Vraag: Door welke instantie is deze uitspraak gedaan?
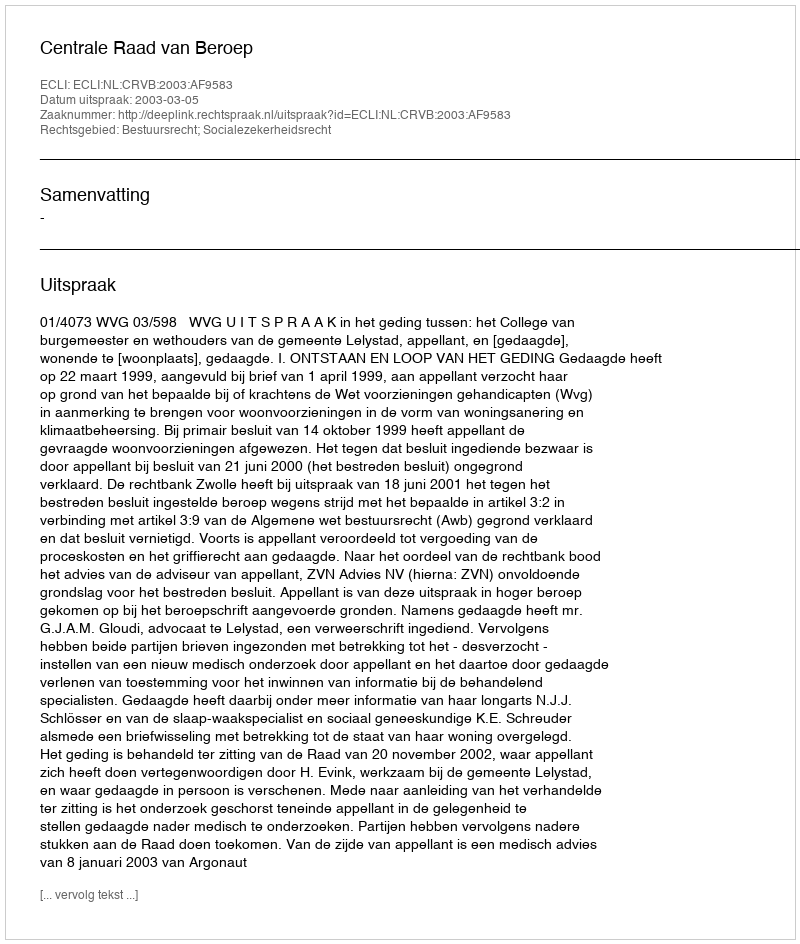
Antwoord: Centrale Raad van Beroep